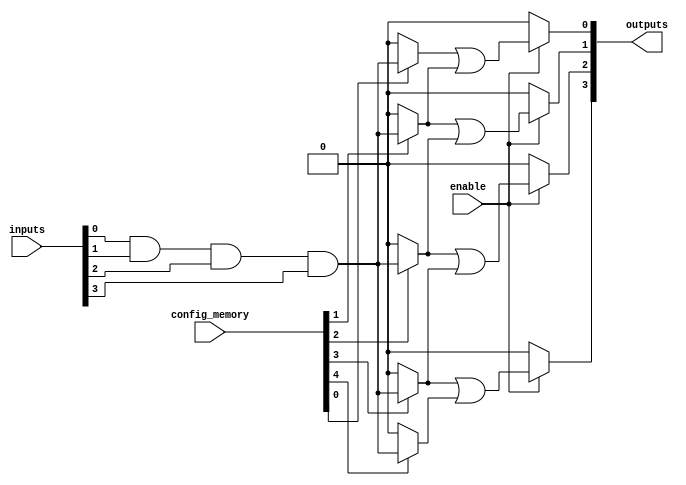
module CLB (
    input wire [N-1:0] inputs,          // N input signals
    input wire [M-1:0] config_memory,   // M configuration bits for programmability
    input wire enable,                   // Control signal to enable the logic block
    output wire [P-1:0] outputs         // P output signals
);
    parameter N = 8;                    // Number of inputs
    parameter M = 16;                   // Number of product terms
    parameter P = 4;                    // Number of outputs

    // Intermediate product terms
    wire [M-1:0] product_terms;

    // Generate AND gates based on configuration memory
    genvar i, j;
    generate
        for (i = 0; i < M; i = i + 1) begin : and_gates
            assign product_terms[i] = (config_memory[i] == 1'b1) ? 
                (inputs[0] & inputs[1] & inputs[2] & inputs[3]) : 1'b0; // Example AND gate
        end
    endgenerate

    // OR gates to combine product terms
    wire [P-1:0] or_outputs;
    generate
        for (j = 0; j < P; j = j + 1) begin : or_gates
            assign or_outputs[j] = (enable) ? 
                (product_terms[j] | product_terms[j + 1]) : 1'b0; // Example OR gate
        end
    endgenerate

    // Assign final outputs
    assign outputs = or_outputs;

endmodule